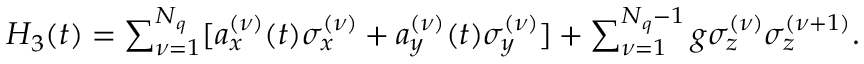
\begin{array} { r } { H _ { 3 } ( t ) = \sum _ { \nu = 1 } ^ { N _ { q } } [ a _ { x } ^ { ( \nu ) } ( t ) \sigma _ { x } ^ { ( \nu ) } + a _ { y } ^ { ( \nu ) } ( t ) \sigma _ { y } ^ { ( \nu ) } ] + \sum _ { \nu = 1 } ^ { N _ { q } - 1 } g \sigma _ { z } ^ { ( \nu ) } \sigma _ { z } ^ { { ( \nu + 1 ) } } . } \end{array}